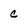
Character: c